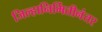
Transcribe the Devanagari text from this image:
जिल्हानिर्मितीनंतर